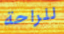
للراحة